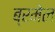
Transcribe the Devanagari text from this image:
ब्रमेल